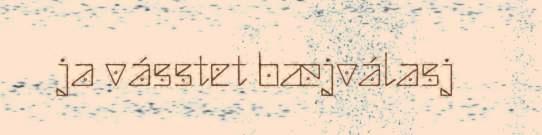
ja vásstet bæjválasj